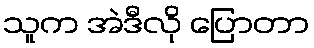
သူက အဲဒီလို ပြောတာ